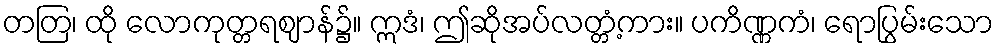
တတြ၊ ထို လောကုတ္တရဈာန်၌။ ဣဒံ၊ ဤဆိုအပ်လတ္တံ့ကား။ ပကိဏ္ဏကံ၊ ရောပြွမ်းသော